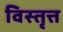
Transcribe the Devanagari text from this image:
विस्तृत्त